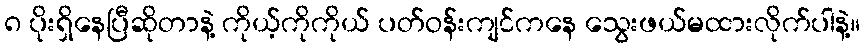
၈ ပိုးရှိနေပြီဆိုတာနဲ့ ကိုယ့်ကိုကိုယ် ပတ်ဝန်းကျင်ကနေ သွေးဖယ်မထားလိုက်ပါနဲ့။